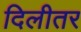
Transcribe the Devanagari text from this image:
दिलीतर